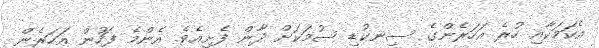
އެކަމަކާއި ހުރެ އަހަރެންގެ ސިނކުޑި ސުމަކަށް ދާން ފެށިއެވެ. އެންމެ ފަހުން އަހަރެން